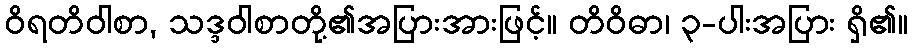
ဝိရတိဝါစာ, သဒ္ဒဝါစာတို့၏အပြားအားဖြင့်။ တိဝိဓာ၊ ၃-ပါးအပြား ရှိ၏။